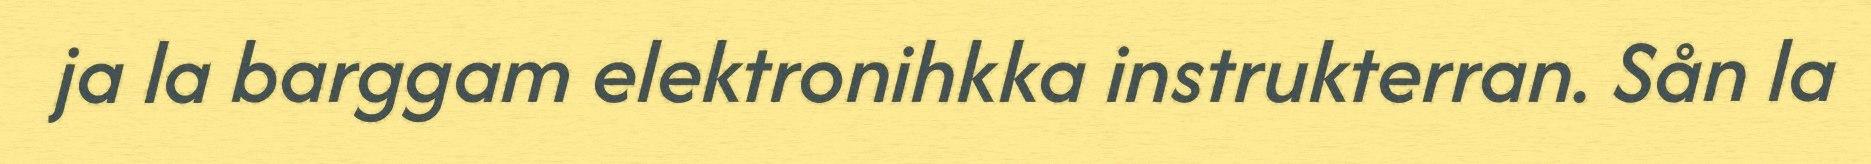
ja la barggam elektronihkka instrukterran. Sån la